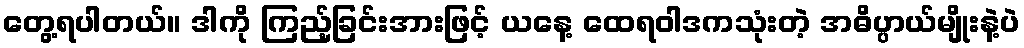
တွေ့ရပါတယ်။ ဒါကို ကြည့်ခြင်းအားဖြင့် ယနေ့ ထေရဝါဒကသုံးတဲ့ အဓိပ္ပာယ်မျိုးနဲ့ပဲ